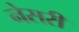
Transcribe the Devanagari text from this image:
नेसरी